Scientific memoirs by medical officers of the Army of India - Part XI,
Year: 1898
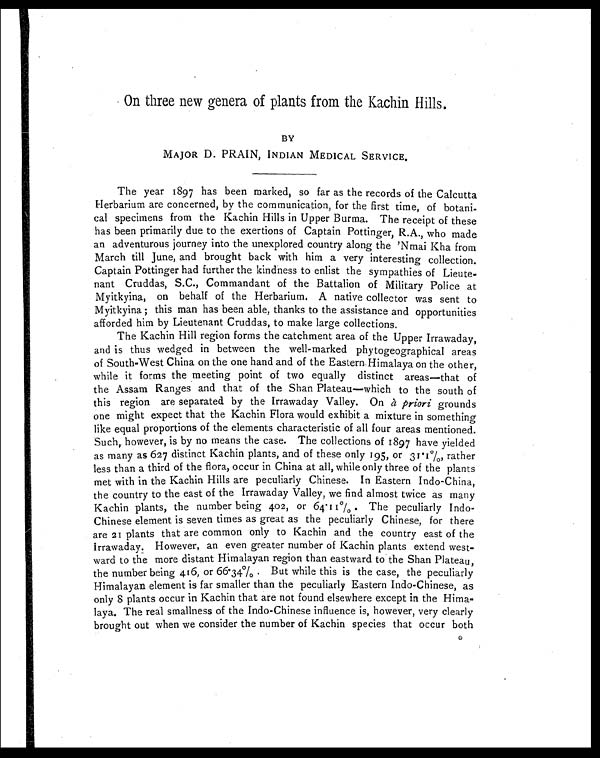
On three new genera of plants from the Kachin Hills.
BY
MAJOR D. PRAIN, INDIAN MEDICAL SERVICE.
The year 1897 has been marked, so far as the records of the Calcutta
Herbarium are concerned, by the communication, for the first time, of botani-
cal specimens from the Kachin Hills in Upper Burma. The receipt of these
has been primarily due to the exertions of Captain Pottinger, R.A., who made
an adventurous journey into the unexplored country along the 'Nmai Kha from
March till June, and brought back with him a very interesting collection.
Captain Pottinger had further the kindness to enlist the sympathies of Lieute-
nant Cruddas, S.C., Commandant of the Battalion of Military Police at
Myitkyina, on behalf of the Herbarium. A native collector was sent to
Myitkyina; this man has been able, thanks to the assistance and opportunities
afforded him by Lieutenant Cruddas, to make large collections.
The Kachin Hill region forms the catchment area of the Upper Irrawaday,
and is thus wedged in between the well-marked phytogeographical areas
of South-West China on the one hand and of the Eastern-Himalaya on the other,
while it forms the meeting point of two equally distinct areas—that of
the Assam Ranges and that of the Shan Plateau—which to the south of
this region are separated by the Irrawaday Valley. On à priori grounds
one might expect that the Kachin Flora would exhibit a mixture in something
like equal proportions of the elements characteristic of all four areas mentioned.
Such, however, is by no means the case. The collections of 1897 have yielded
as many as 627 distinct Kachin plants, and of these only 195, or 31.1%, rather
less than a third of the flora, occur in China at all, while only three of the plants
met with in the Kachin Hills are peculiarly Chinese. In Eastern Indo-China,
the country to the east of the Irrawaday Valley, we find almost twice as many
Kachin plants, the number being 402, or 64.11%. The peculiarly Indo-
Chinese element is seven times as great as the peculiarly Chinese, for there
are 21 plants that are common only to Kachin and the country east of the
irrawaday. However, an even greater number of Kachin plants extend west-
ward to the more distant Himalayan region than eastward to the Shan Plateau,
the number being 416, or 66.34%. But while this is the case, the peculiarly
Himalayan element is far smaller than the peculiarly Eastern Indo-Chinese, as
only 8 plants occur in Kachin that are not found elsewhere except in the Hima-
laya. The real smallness of the Indo-Chinese influence is, however, very clearly
brought out when we consider the number of Kachin species that occur both
G